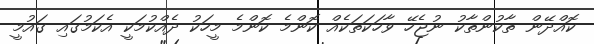
ކޮއްދޭން ތާކުންތާކު ނުޖެހޭ ވާހަކަތަކެއް ކޮންމެ ކޮންމެ މީހަކު ދެއްކުމަކީ އެކަމުގައި ގައުމީ